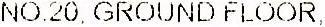
NO.20. GROUND FLOOR,